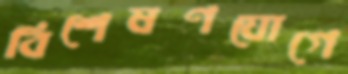
বিশেষণযোগে